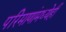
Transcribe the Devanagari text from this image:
परिमाणांमध्येही